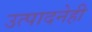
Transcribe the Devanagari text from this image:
उत्पादनेही